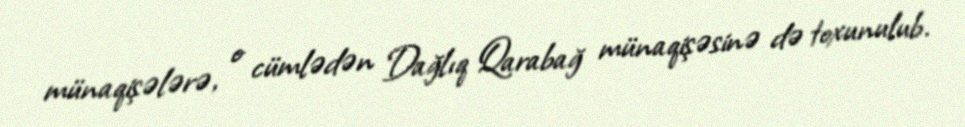
münaqişələrə, o cümlədən Dağlıq Qarabağ münaqişəsinə də toxunulub.